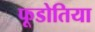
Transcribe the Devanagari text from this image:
फूडोतिया